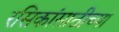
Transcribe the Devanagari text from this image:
रसिकांसाठीच्या